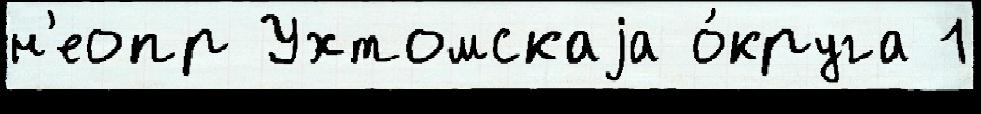
н'еопр Ухтомскаjа о́круга 1